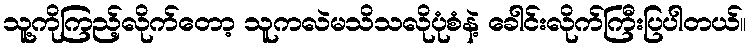
သူ့ကိုကြည့်လိုက်တော့ သူကလဲမသိသလိုပုံစံနဲ့ ခေါင်းလိုက်ကြီးပြပါတယ်။